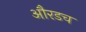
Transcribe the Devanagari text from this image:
औरडच